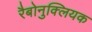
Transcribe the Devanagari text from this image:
रैबोनुक्लियक